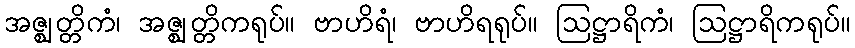
အဇ္ဈတ္တိကံ၊ အဇ္ဈတ္တိကရုပ်။ ဗာဟိရံ၊ ဗာဟိရရုပ်။ ဩဋ္ဌာရိကံ၊ ဩဋ္ဌာရိကရုပ်။